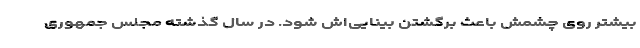
بیشتر روی چشمش باعث برگشتن بینایی‌اش شود. در سال گذشته مجلس جمهوری